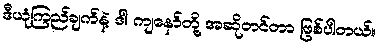
ဒီယုံကြည်ချက်နဲ့ ဒါ ကျနော်တို့ အဆိုတင်တာ ဖြစ်ပါတယ်။